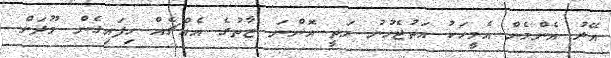
އޭރު އެންމެން އެމީހަކު އަތުޖެހުނު މަތީ އޮންނަ ޒާތުގެ އެއްޗެއް ހިފައިގެން މޫދަށް